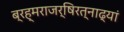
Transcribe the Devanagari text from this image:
ब्रह्मराजर्षिरत्नाढ्यां